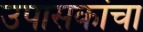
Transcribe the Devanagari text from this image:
उपासकांचा